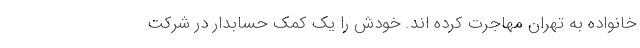
خانواده به تهران مهاجرت کرده اند. خودش را یک کمک حسابدار در شرکت